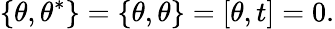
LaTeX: \{ \theta,\theta^{\ast}\} =\{ \theta,\theta\} =[\theta,t]=0.